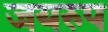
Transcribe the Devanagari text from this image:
जयरुप